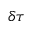
\delta \tau